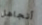
أتجاهل